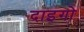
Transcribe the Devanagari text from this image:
दाइगो